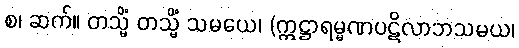
စ၊ ဆက်။ တသ္မိံ တသ္မိံ သမယေ၊ (ဣဋ္ဌာရမ္မဏပဋိလာဘသမယ၊